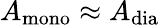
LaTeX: A_{\mathrm{{mono}}}\approx A_{\mathrm{{dia}}}